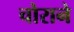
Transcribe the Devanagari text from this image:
चोराने